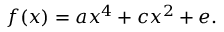
f ( x ) = a x ^ { 4 } + c x ^ { 2 } + e .